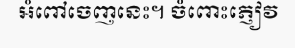
អំពៅចេញនេះ។ ចំពោះភ្ញៀវ